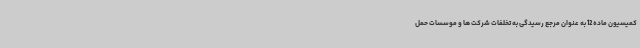
کمیسیون ماده 12 به عنوان مرجع رسیدگی به تخلفات شرکت ها و موسسات حمل